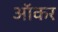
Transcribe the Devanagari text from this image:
ऑकर